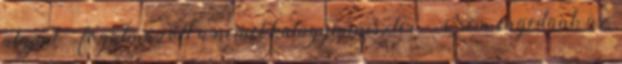
alapul – fogalmazott a német külügyminiszter. „Nem engedünk az